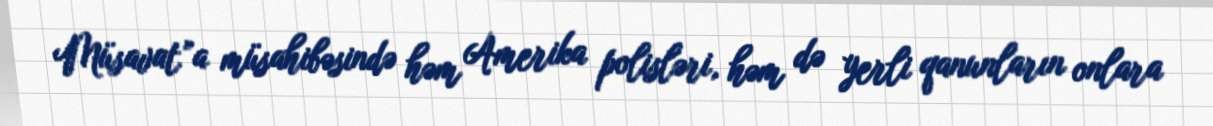
Müsavat”a müsahibəsində həm Amerika polisləri, həm də yerli qanunların onlara